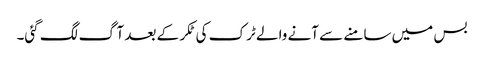
بس میں سامنے سے آنے والے ٹرک کی ٹکر کے بعد آگ لگ گئی۔